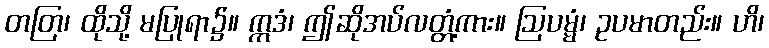
တတြ၊ ထိုသို့ မပြုရာ၌။ ဣဒံ၊ ဤဆိုအပ်လတ္တံ့ကား။ ဩပမ္မံ၊ ဥပမာတည်း။ ဟိ၊